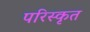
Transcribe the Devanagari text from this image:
परिस्‍कृत